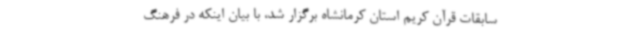
سابقات قرآن کریم استان کرمانشاه برگزار شد، با بیان اینکه در فرهنگ